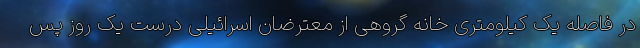
در فاصله یک کیلومتری خانه گروهی از معترضان اسرائیلی درست یک روز پس